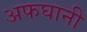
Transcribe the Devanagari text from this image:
अफघानी